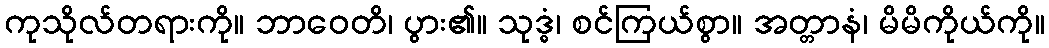
ကုသိုလ်တရားကို။ ဘာဝေတိ၊ ပွား၏။ သုဒ္ဓံ၊ စင်ကြယ်စွာ။ အတ္တာနံ၊ မိမိကိုယ်ကို။